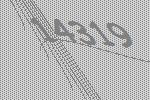
14319